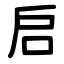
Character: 启